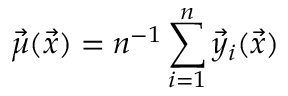
\vec { \mu } ( \vec { x } ) = n ^ { - 1 } \sum _ { i = 1 } ^ { n } \vec { y } _ { i } ( \vec { x } )